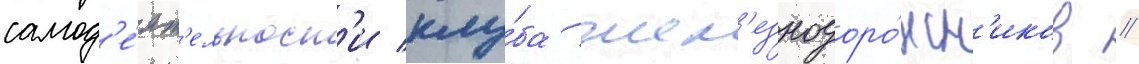
самод'е́ят'ельност'и клу́ба жел'езнодоро́жн'иков //